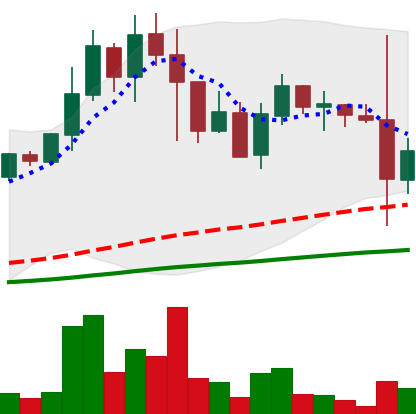
Ticker: DOGE-USD
Chart end date: 2021-05-20
Forward return: -13.467%
Label: down_7plus